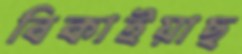
বিকাইয়াছ